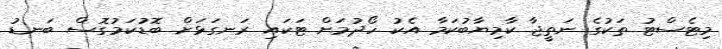
މިޓެސްޓު ތަކުގެ ނަތީޖާ ކާމިޔާބުކަމާ އެކު ހޯދުމަށް ޓަކައި ރަނގަޅަށް ބޮޑުކަމުގޮސް ބަނޑު